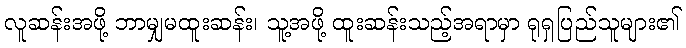
လူဆန်းအဖို့ ဘာမျှမထူးဆန်း၊ သူ့အဖို့ ထူးဆန်းသည့်အရာမှာ ရုရှပြည်သူများ၏